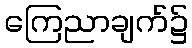
ကြေညာချက်၌